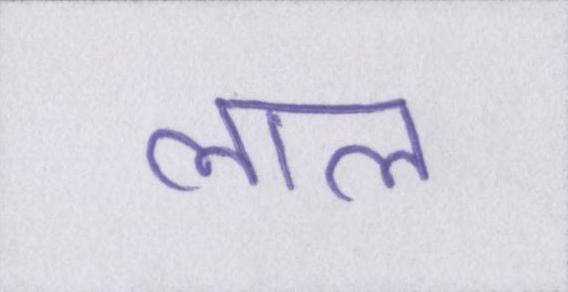
लाल